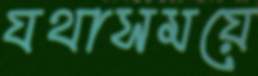
যথাসময়ে